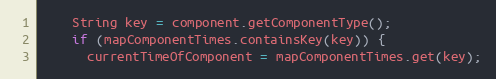
Language: Java
    String key = component.getComponentType();
    if (mapComponentTimes.containsKey(key)) {
      currentTimeOfComponent = mapComponentTimes.get(key);